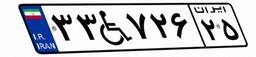
۳۳W۷۲۶۲۵